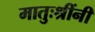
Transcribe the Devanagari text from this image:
मातुःश्रींनी